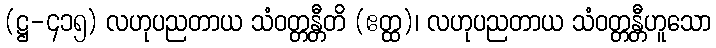
(ဋ္ဌ-၄၁၅) လဟုပညတာယ သံဝတ္တန္တီတိ (ဧတ္ထ)၊ လဟုပညတာယ သံဝတ္တန္တီဟူသော